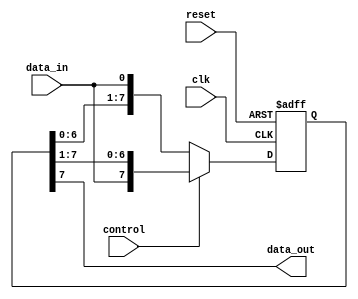
module shift_register (
  input wire clk,
  input wire reset,
  input wire control, // control signal for shifting direction
  input wire data_in, // input data line
  output reg data_out // output data line
);

  parameter WIDTH = 8; // number of flip-flops in the register

  reg [WIDTH-1:0] register; // shift register storage
  
  always @(posedge clk or posedge reset) begin
    if (reset) begin // reset register
      register <= 0;
    end else begin
      if (control) begin // shift right
        register <= {data_in, register[WIDTH-1:1]};
      end else begin // shift left
        register <= {register[WIDTH-2:0], data_in};
      end
    end
  end

  assign data_out = register[WIDTH-1]; // output the most significant bit of the register

endmodule